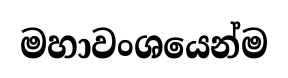
මහාවංශයෙන්ම